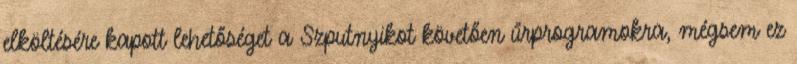
elköltésére kapott lehetőséget a Szputnyikot követően űrprogramokra, mégsem ez